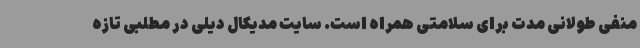
منفی طولانی مدت برای سلامتی همراه است. سایت مدیکال دیلی در مطلبی تازه